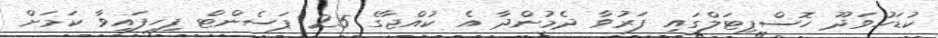
ކުޑަހުވަދޫ ހޮސްޕިޓަލްގައި ފަރުވާ ދެމުންދާ އެ ކުއްޖާގެ 25 ޕަސެންޓް ފިހިފައިވާ ކަމަށް